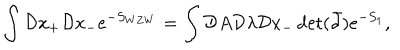
\int { \cal D } x _ { + } { \cal D } x _ { - } e ^ { - S _ { W Z W } } = \int { \cal D } A { \cal D } \lambda { \cal D } x _ { - } \det ( \bar { \partial } ) e ^ { - S _ { 1 } } ,